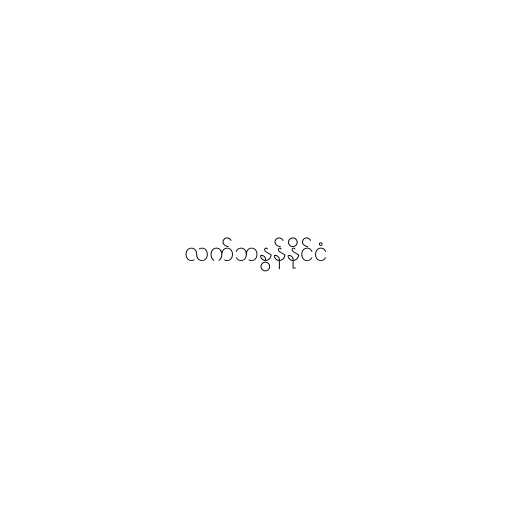
လက်ဘနွန်နိုင်ငံ